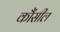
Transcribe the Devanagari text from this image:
कौंसील